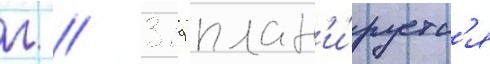
г // 319 план'и́руетс'я